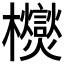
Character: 𭬿